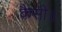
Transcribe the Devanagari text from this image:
कैसी॥